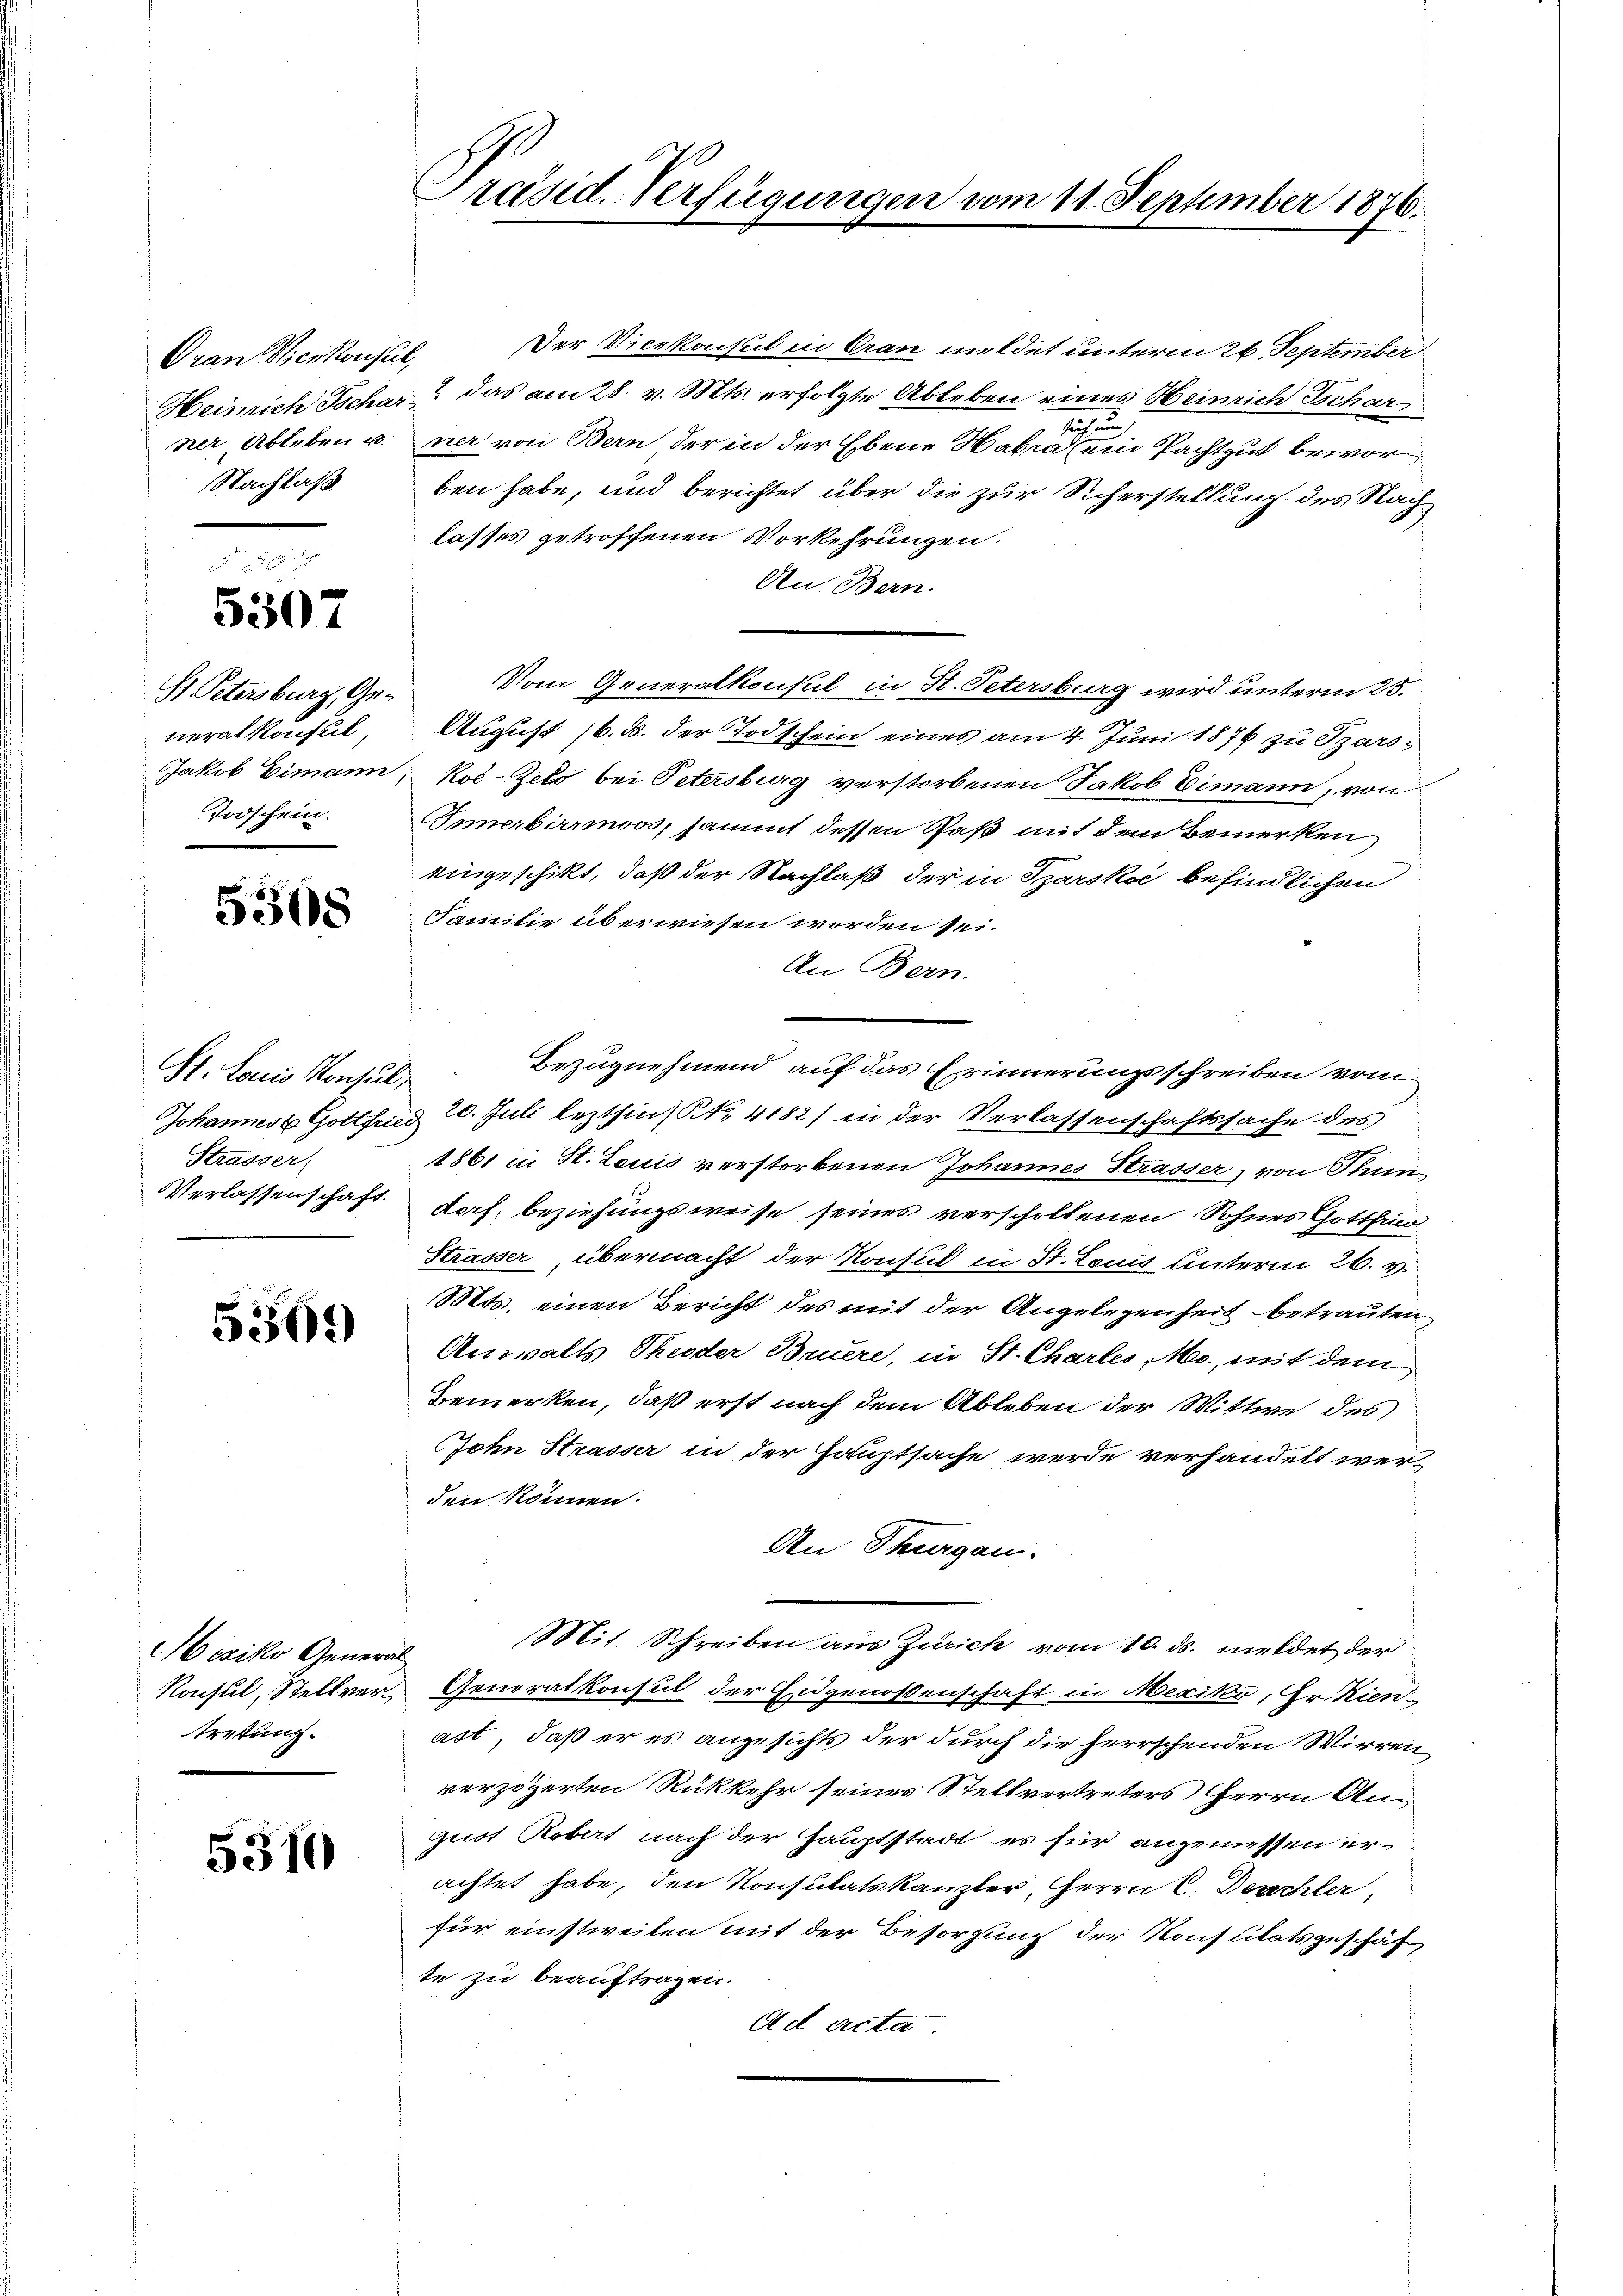
Oran Vicikonseil,
Nachlaß

5307

S. Petersburg, Ge¬
Todschein.

5508

St. Louis Konsul,
Strasser

5369

Mexiko General
tretung.

5310

Präsid. Verfügungen vom 11. September 1876.

Der Vicekonsul in Cran meldet unterm 26. September
Heimich Tschar? Das am 28. v. Mts. erfolgte Ableben eines Heinrich Tschar
such um
ner Ableben u. ner von Bern der in der Ebene Habra (ein Pachtgut bewor
ben habe, und berichtet über die zur Sicherstellung des Nachlasses getroffenen Vorkehrungen.
An Bern.
Vom Generalkonsul in St. Petersburg wird unterm 25.
neralkonsul, August 16. d. der Todschein eines am 4. Juni 1876 zu Szars¬
Jakob Eimann, Kol-Zelo bei Petersburg verstorbenen Jakob Eimann, von
Innerbirmoos, sammt dessen Paß mit dem Bemerken
eingeschikt, daß der Nachlaß der in Szarski befindlichen
Familie überwiesen worden sei.
An Bern.
Bezugnehmend auf das Erinnerungsschreiben vom
Johannest Gottfried 20. Juli lezthin) S. 4182) in der Verlassenschaftssache des
1861 in St. Louis verstorbenen Johannes Strasser, von Stun
Verlassenschaft. Doch, beziehungsweise seines verschollenen Sohnes Gotthi
Strasser, übermacht der Konsul in St. Louis unterm 26. v.
Mts. einen Bericht des mit der Angelegenheit betrauten
Anwalts Theoder Brure, in St. Chartes, MMo., mit dem
Bemerken, daß erst nach dem Ableben der Wittwe des
John Strasser in der Hauptsache werde verhandelt werden können.
An Thurgau.
Mit Schreiben aus Zürich vom 10. ds. meldet der
Konsul, Stellver, Generalkonsul der Eidgenossenschaft in Mexiko, Hr. Kienast, daß er es angesichts der durch die herrschenden Wirrenverzögerten Rükkehr seines Stellvertreters Herrn Anquot Robert nach der Hauptstadt es für angemessen erachtet habe, den Konstitatskanzler, Herrn C. Deschler,
für einstweilen mit der Besorgung der Konsulatsgeschäf
te zu beauftragen.
Ad acta